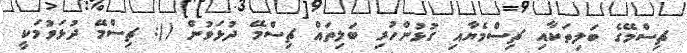
ޗިސްމޭގެ ބަލިތަކާއި ޗިސްމެޔާއި ގުޅުންހުރި ބަލިތައް ޗިސްމޭ ދުޅަވުން (): ޗިސްމޭ ދުޅަވުމަކީ